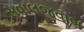
સવાલજવાબ